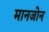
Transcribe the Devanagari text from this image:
मानजोन